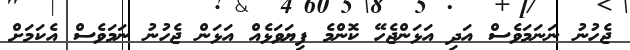
ޖެހުނު ނަނަމަވެސް އަދި އަޅަންޖެހޭ ކޮންމެ ފިޔަވަޅެއް އަޅަން ޖެހުނު ނަމަވެސް އެކަމަށް